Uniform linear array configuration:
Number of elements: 48
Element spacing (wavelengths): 0.5
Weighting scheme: cosine
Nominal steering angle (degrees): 0
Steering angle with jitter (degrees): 1.614
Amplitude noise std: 0.05
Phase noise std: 0.05

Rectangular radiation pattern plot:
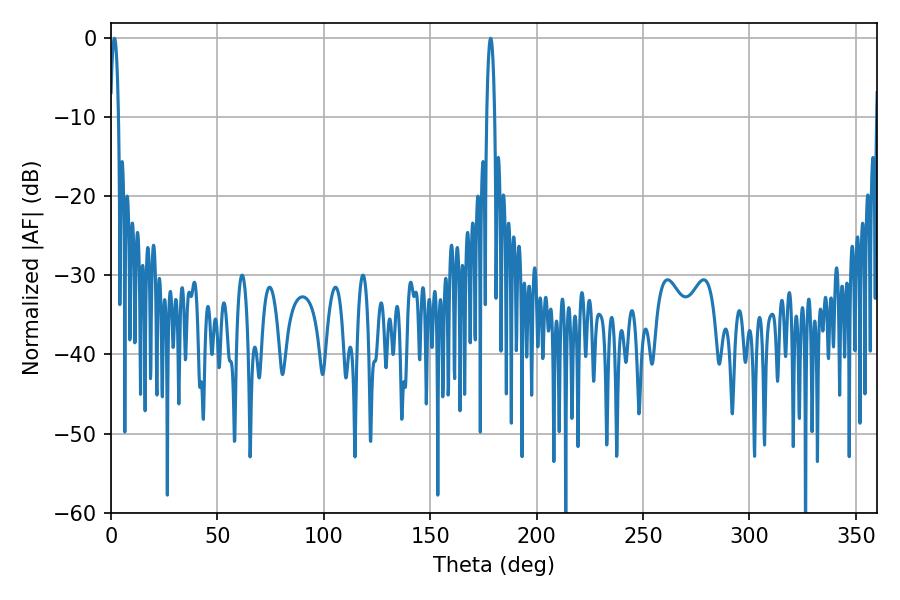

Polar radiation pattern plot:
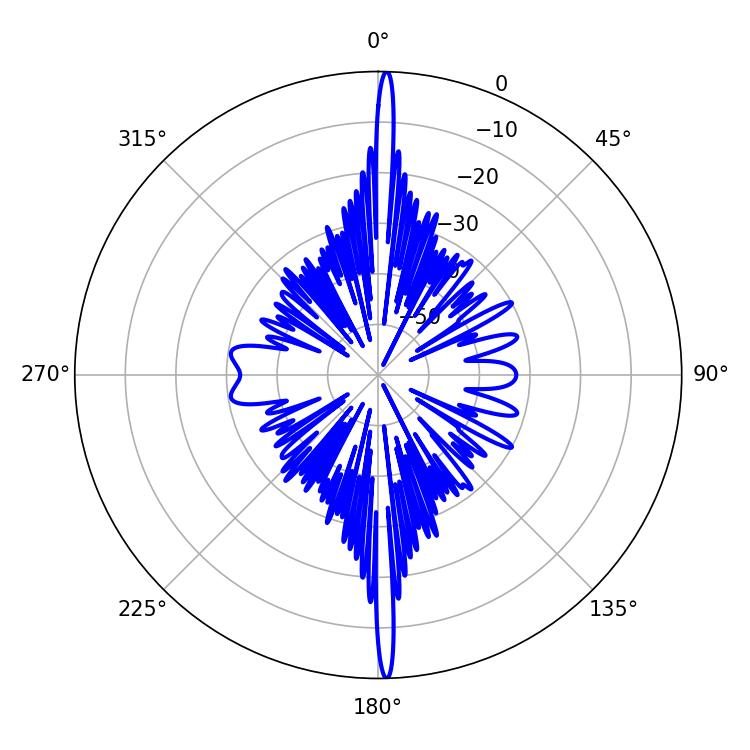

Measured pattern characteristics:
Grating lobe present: FALSE
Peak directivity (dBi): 29.276
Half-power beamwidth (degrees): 2.16
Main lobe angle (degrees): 1.62